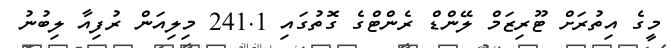
މީގެ އިތުރަށް ޓޫރިޒަމް ލޭންޑް ރެންޓްގެ ގޮތުގައި 241.1 މިލިއަން ރުފިއާ ލިބުނު